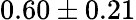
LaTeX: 0.60\pm 0.21